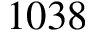
1 0 3 8